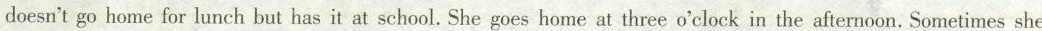
doesn't go home for lunch but has it at school. She goes home at three o'clock in the afternoon. Sometimes she